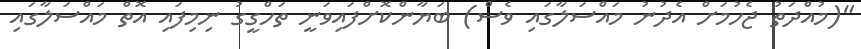
"(މުއްދަތު ޖެހުމަށް އެދުނު މައްސަލާގައި ވެސް) ބަޔާންކޮށްފައިވަނީ ތަހްގީގު ނިމިފައި އޮތް މައްސަލާގައި